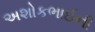
અશોકભાઈની